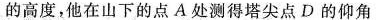
的高度，他在山下的点A处测得塔尖点D的仰角